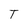
Character: T